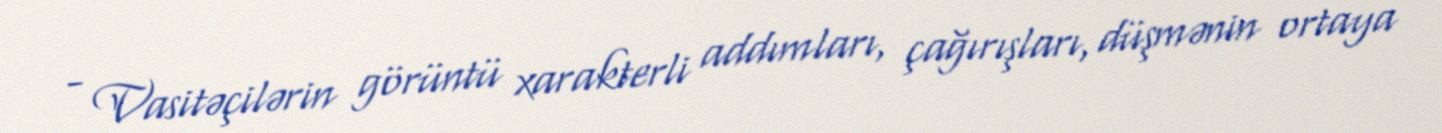
- Vasitəçilərin görüntü xarakterli addımları, çağırışları, düşmənin ortaya